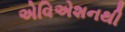
એવિએશનથી